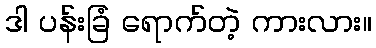
ဒါ ပန်းခြံ ရောက်တဲ့ ကားလား။